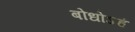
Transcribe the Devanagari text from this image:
बोधोऽहं